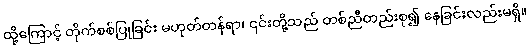
ထို့ကြောင့် တိုက်စစ်ပြုခြင်း မဟုတ်တန်ရာ၊ ၎င်းတို့သည် တစ်ညီတည်းစု၍ နေခြင်းလည်းမရှိ။